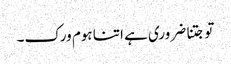
تو جتنا ضروری ہے اتنا ہوم ورک۔